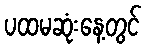
ပထမဆုံးနေ့တွင်